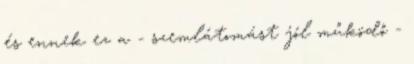
és ennek ez a - szemlátomást jól működő -